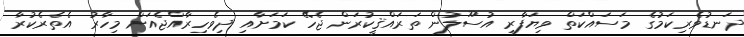
ދަނޑުވެރިކަމުގެ މަސައްކަތް ވިޔަފާރި އުސޫލުން ތަރައްޤީކުރަން ޖެހޭ ކަމަށާއި ދިވެހިރާއްޖެއަށް މިހާރު އެތެރެކުރާ